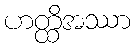
ဟတ္ထိအဿာ